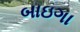
બાઇગા